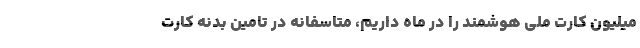
میلیون کارت ملی هوشمند را در ماه داریم، متاسفانه در تامین بدنه کارت